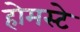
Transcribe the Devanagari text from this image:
होमस्टे